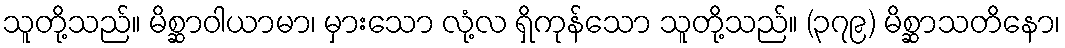
သူတို့သည်။ မိစ္ဆာဝါယာမာ၊ မှားသော လုံ့လ ရှိကုန်သော သူတို့သည်။ (၃၇၉) မိစ္ဆာသတိနော၊